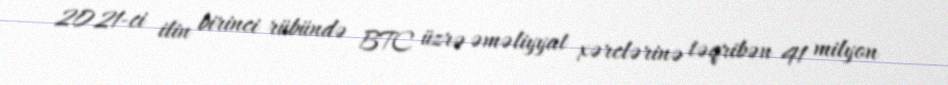
2021-ci ilin birinci rübündə BTC üzrə əməliyyat xərclərinə təqribən 41 milyon